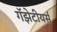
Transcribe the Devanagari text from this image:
गॅझेटीयर्स